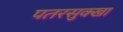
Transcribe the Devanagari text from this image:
पतरसुक्खा